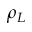
\rho _ { L }